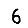
Digit: 6